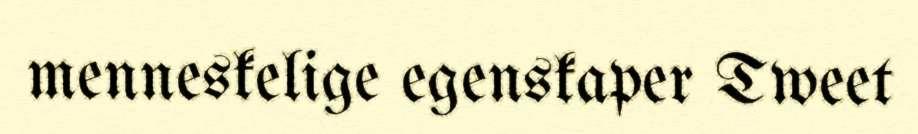
menneskelige egenskaper Tweet